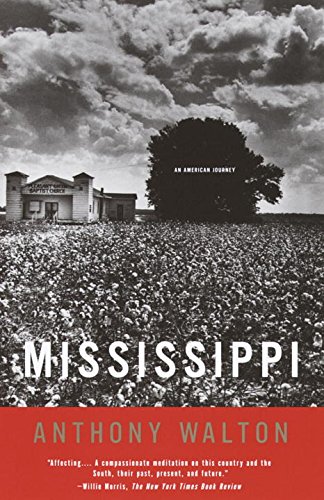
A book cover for Mississippi: An American Journey; Anthony Walton; Travel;